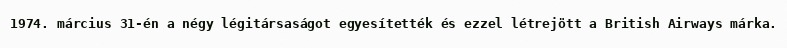
1974. március 31-én a négy légitársaságot egyesítették és ezzel létrejött a British Airways márka.